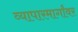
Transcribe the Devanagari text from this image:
व्यापारमार्गांवर